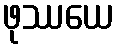
ဖုဿယေ